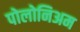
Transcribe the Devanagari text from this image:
पोलोनिअम